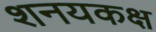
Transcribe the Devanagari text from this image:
शनयकक्ष